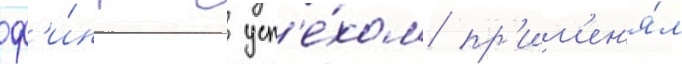
ф'и́нт с усп'е́хом пр'им'ен'я́л